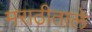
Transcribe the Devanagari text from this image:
मराठीताले